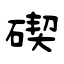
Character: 碶